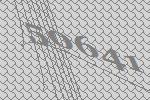
50641